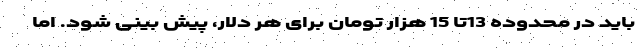
باید در محدوده 13تا 15 هزار تومان برای هر دلار، پیش بینی شود. اما